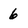
Character: 6